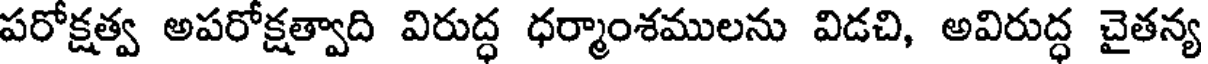
పరోక్షత్వ అపరోక్షత్వాది విరుద్ధ ధర్మాంశములను విడచి, అవిరుద్ధ చైతన్య